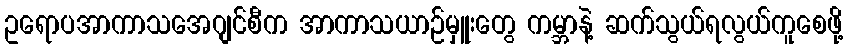
ဥရောပအာကာသအေဂျင်စီက အာကာသယာဉ်မှူးတွေ ကမ္ဘာနဲ့ ဆက်သွယ်ရလွယ်ကူစေဖို့